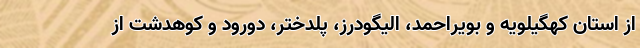
از استان کهگیلویه و بویراحمد، الیگودرز، پلدختر، دورود و کوهدشت از